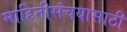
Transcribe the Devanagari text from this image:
माहितीसंचयासाठी